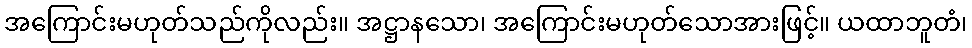
အကြောင်းမဟုတ်သည်ကိုလည်း။ အဋ္ဌာနသော၊ အကြောင်းမဟုတ်သောအားဖြင့်။ ယထာဘူတံ၊